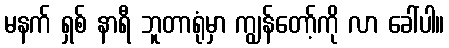
မနက် ရှစ် နာရီ ဘူတာရုံမှာ ကျွန်တော့်ကို လာ ခေါ်ပါ။